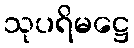
သုပရိမဋ္ဌေ